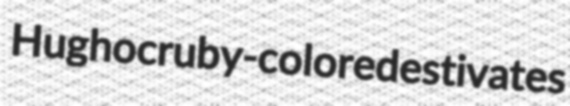
Hughoc ruby-colored estivates